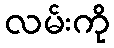
လမ်းကို